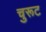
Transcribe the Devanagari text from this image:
चुरूट